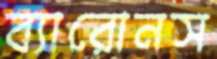
ব্যারোনস